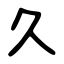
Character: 久